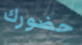
حضورك